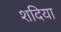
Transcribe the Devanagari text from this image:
शदिया